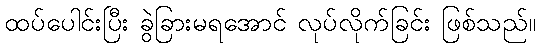
ထပ်ပေါင်းပြီး ခွဲခြားမရအောင် လုပ်လိုက်ခြင်း ဖြစ်သည်။